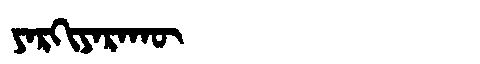
Manchu: ᠶᠠᡵᡴᡳᠶᠠᡵᠠᡴᡡ
Romanization: YARKIYARAKŪ